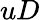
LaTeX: uD